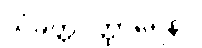
သံခိတ္တဝိတ္ထာရေနပိ